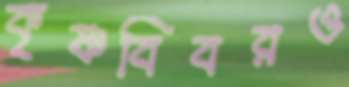
কৃষ্ণবিবরও